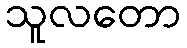
သူလတော